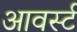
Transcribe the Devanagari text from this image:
आवर्स्ट